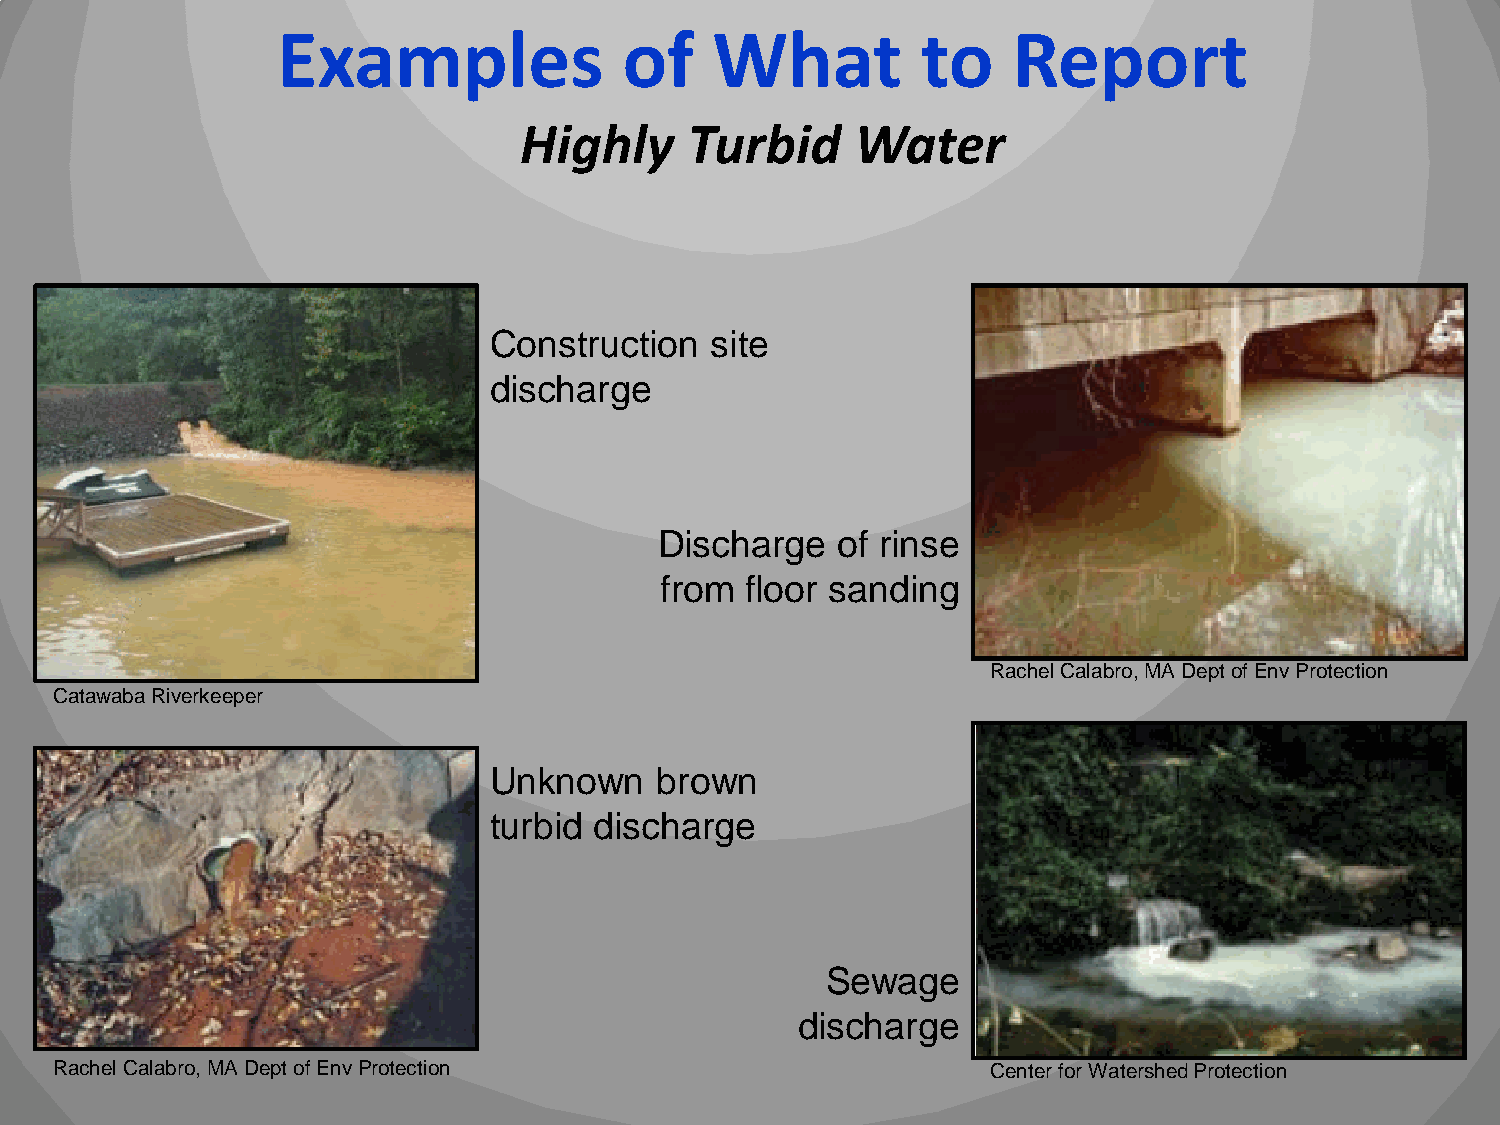
Examples               of    What          to    Report
 Highly      Turbid     Water
 Construction   site
 discharge
 Discharge  of rinse
 from floor sanding
 Rachel Calabro, MA Dept of EnvProtection
 CatawabaRiverkeeper
 Unknown    brown
 turbid discharge
 Sewage
 discharge
 Rachel Calabro, MA Dept of EnvProtection                       Center for Watershed Protection